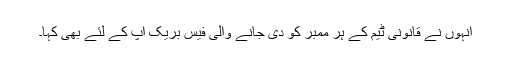
انہوں نے قانونی ٹیم کے ہر ممبر کو دی جانے والی فیس بریک اپ کے لئے بھی کہا۔